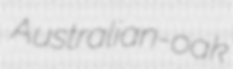
Australian-oak